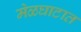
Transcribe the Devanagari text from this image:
मेळघाटात